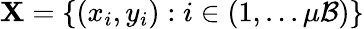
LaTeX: \textbf{X}=\{ {(x_{i},y_{i})}:i\in(1,...\mu\mathcal{B})\}